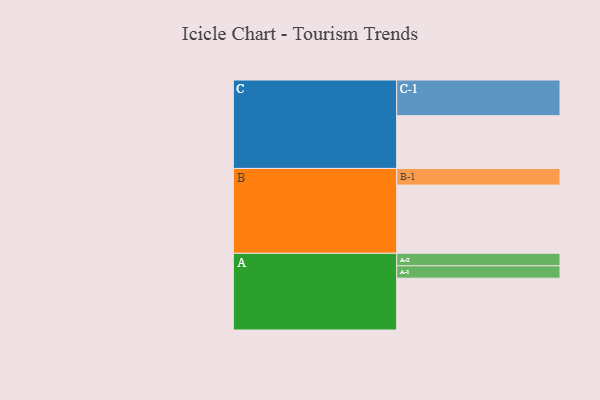
{"axis": {"x": "Segment", "y": "Value"}, "legend": ["", "A", "B", "C"], "data": [{"x": "A", "y": 402, "type": ""}, {"x": "B", "y": 529, "type": ""}, {"x": "C", "y": 409, "type": ""}, {"x": "A-1", "y": 96, "type": "A"}, {"x": "A-2", "y": 97, "type": "A"}, {"x": "B-1", "y": 129, "type": "B"}, {"x": "C-1", "y": 277, "type": "C"}]}